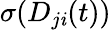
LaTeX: \sigma(D_{j\mathit{i}}(t))